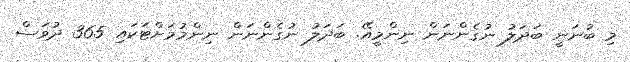
މި ބުނަނީ ބަދަލު ނުގެންނަން ނިންމީއޭ. ބަދަލު ނުގެންނަން ނިންމުމަށްޓަކައި 365 ދުވަސް